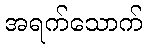
အရက်သောက်